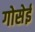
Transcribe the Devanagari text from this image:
गोसेई